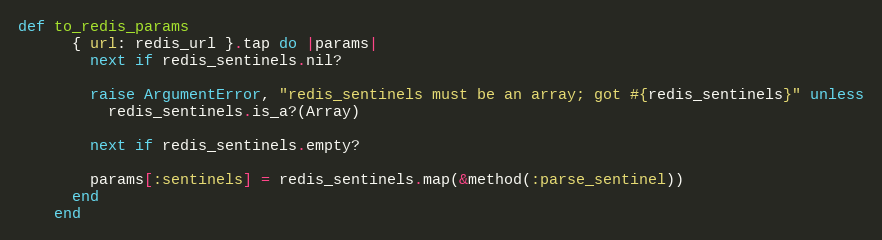
Language: Ruby
def to_redis_params
      { url: redis_url }.tap do |params|
        next if redis_sentinels.nil?

        raise ArgumentError, "redis_sentinels must be an array; got #{redis_sentinels}" unless
          redis_sentinels.is_a?(Array)

        next if redis_sentinels.empty?

        params[:sentinels] = redis_sentinels.map(&method(:parse_sentinel))
      end
    end